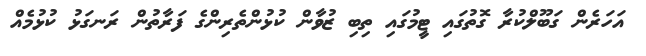
އަހަރެން ގަބޫލްކުރާ ގޮތުގައި ޓީމުގައި ތިބި ޒުވާން ކުޅުންތެރިންގެ ފަރާތުން ރަނގަޅު ކުޅުމެއް